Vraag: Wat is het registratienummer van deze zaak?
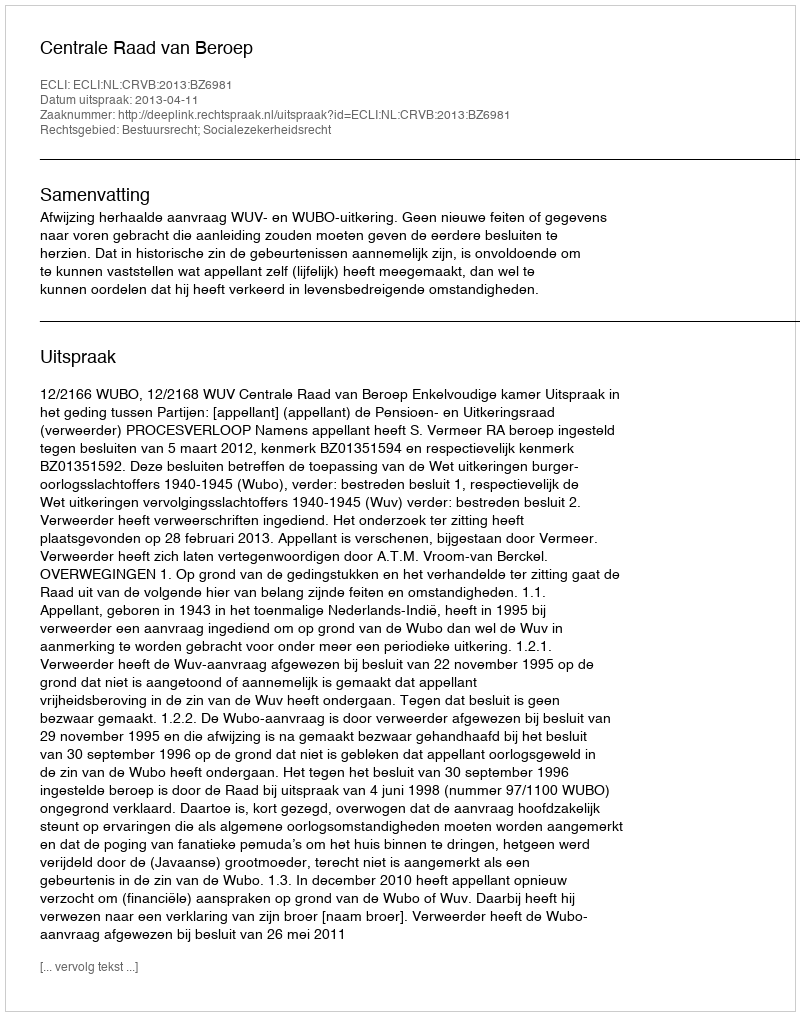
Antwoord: http://deeplink.rechtspraak.nl/uitspraak?id=ECLI:NL:CRVB:2013:BZ6981